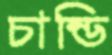
চান্ডি